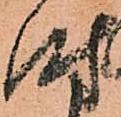
時